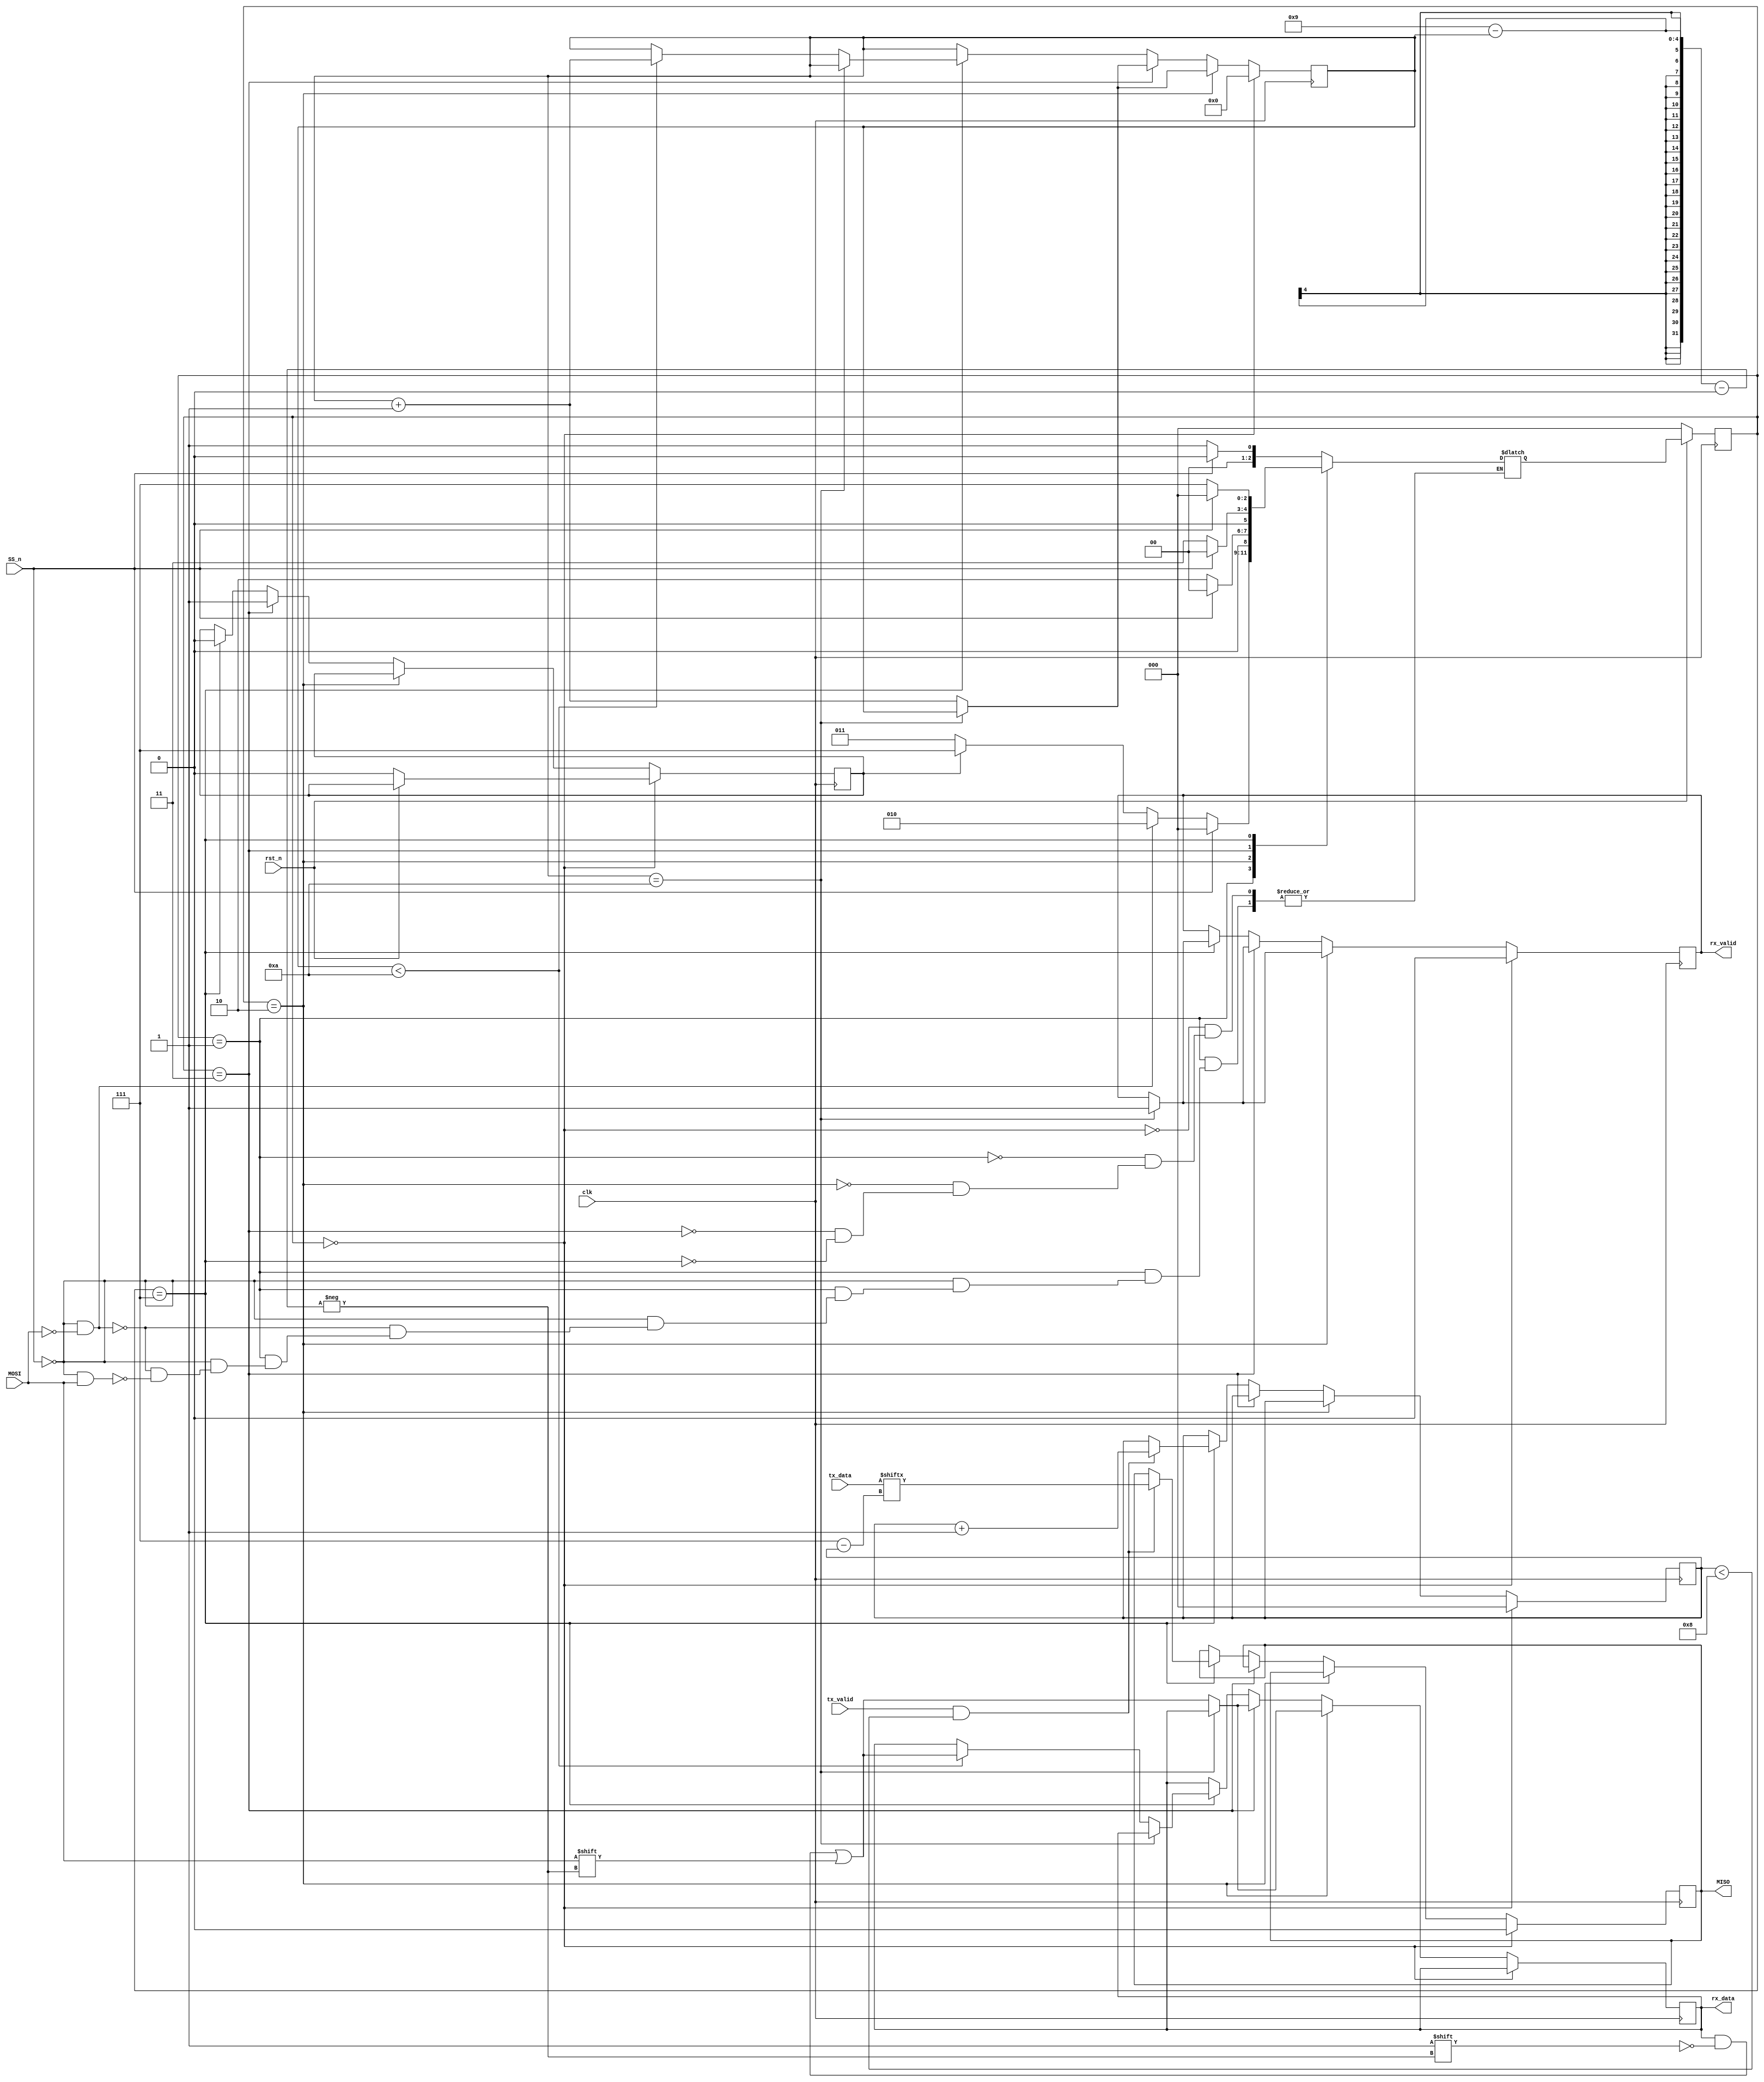
module SLAVE (MOSI,MISO,SS_n,clk,rst_n,rx_data,rx_valid,tx_data,tx_valid);
parameter IDLE=3'b000;
parameter CHK_CMD=3'b001;
parameter WRITE=3'b010;
parameter READ_ADD=3'b011;
parameter READ_DATA=3'b111;
(* fsm_encoding = "one_hot" *)

input  MOSI,SS_n,tx_valid,clk,rst_n;
input  [7:0] tx_data;
output reg [9:0] rx_data;
output reg MISO,rx_valid;

reg [2:0] cs,ns;
reg DONE_ADDR=0;
reg [3:0]i;
reg [2:0]j;

//**************************************************************************
/*
always@(SS_n , MOSI , cs) begin
	case({SS_n,MOSI,cs})
       5'b00000 : ns=CHK_CMD;
       5'b01000 : ns=CHK_CMD;
       5'b00001 : ns=WRITE;
       5'b10001 : ns=IDLE;
       5'b11001 : ns=IDLE;
       5'b10010 : ns=IDLE;
       5'b11010 : ns=IDLE;
       5'b01001 : if(DONE_ADDR==0)
                   ns=READ_ADD;
                  else 
                   ns=READ_DATA;
       5'b10011 : ns=IDLE;
       5'b11011 : ns=IDLE;
       5'b10100 : ns=IDLE;
       5'b11100 : ns=IDLE;
       default : ns=cs;           
	endcase
end
*/

always @(cs,MOSI,SS_n,tx_valid) begin
	case(cs)
	IDLE: begin
		if(SS_n == 1) begin
			ns = IDLE;
		end
		else begin
			ns = CHK_CMD;
		end
	end
	CHK_CMD: begin
		if (SS_n == 1) begin
			ns = IDLE;
		end
		else if (SS_n == 0 && MOSI == 0) begin
			ns = WRITE;
		end
		else if (SS_n == 0 && MOSI == 1) begin
			if (DONE_ADDR == 0) begin
				ns = READ_ADD;
			end
			else begin
				ns = READ_DATA;
			end
		end
	end
	WRITE: begin
		if (SS_n == 1) begin
			ns = IDLE;
		end
		else begin
			ns = WRITE;
		end
	end
	READ_ADD: begin
		if (SS_n == 1) begin
			ns = IDLE;
		end
		else begin
			ns = READ_ADD;
		end
	end
	READ_DATA: begin
		if (SS_n == 1) begin
			ns = IDLE;
		end
		else begin
			ns = READ_DATA;
		end
	end
	endcase
end

//**************************************************************************

always@(posedge clk) begin

    if (cs==IDLE) begin
    	   i <=4'b0;
    	   j <=4'b0;
	       rx_valid <=0;
	       MISO <= 0;
    	if(rst_n==0) begin
    		MISO<=0;
        DONE_ADDR<=0;
    	end
    end

	else if(cs==WRITE) begin 
	  	 if(i==10)
        rx_valid<=1;

       else begin
	      rx_data[9-i] <= MOSI;
	      i<=i+1;
	    end


	end

	else if(cs==READ_ADD) begin
		  	 if(i==10) begin
            rx_valid<=1;
          end

          else begin
	          rx_data[9-i] <= MOSI;
	          i<=i+1;
	         end

	        DONE_ADDR<=1;
    end

    else if(cs==READ_DATA) begin
    	   if(i==10) 
            rx_valid<=1;

          else if(i<10) begin
	          rx_data[9-i] <= MOSI;
	          i<=i+1;
	        end

        if(tx_valid==1 && j<8) begin
	       MISO <= tx_data[7-j];
	       j<=j+1;
	       end
           DONE_ADDR<=0; 

end
end
//***************************************************************************

always@(posedge clk)begin
	if(~rst_n)
		cs<=IDLE;
	else
		cs<=ns;
end

endmodule